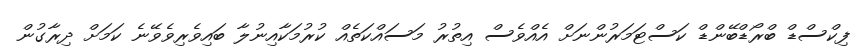
ފިކްސްޑް ބްރޯޑްބޭންޑް ކަސްޓަމަރުންނަށް އެއްވެސް އިތުރު މަސައްކަތެއް ކުރުމަކާއިނުލާ ބައިވެރިވެވޭނެ ކަމަށް ދިރާގުން